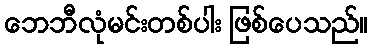
ဘေဘီလုံမင်းတစ်ပါး ဖြစ်ပေသည်။